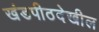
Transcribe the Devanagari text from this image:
खंडपीठदेखील